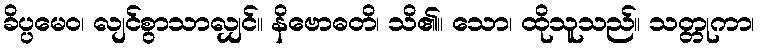
ခိပ္ပမေဝ၊ လျင်စွာသာလျှင်။ နိဗောဓတိ၊ သိ၏။ သော၊ ထိုသူသည်။ သတ္တုကာ၊